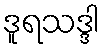
ဒူရသဒ္ဒါ